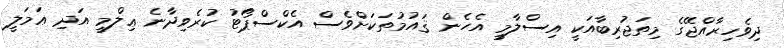
ދިވެހިރާއްޖޭގެ މިތަޖުރިބާއަކީ އިސްލާމީ އެހެން ޤައުމުތަކަށްވެސް އެކްސްޕޯޓު ކުރެވިދާނެ ޢިލްމީ އަދި ޢަމަލީ